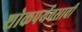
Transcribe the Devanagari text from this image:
शोकपर्यवसावी